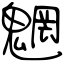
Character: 魍